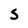
Character: S